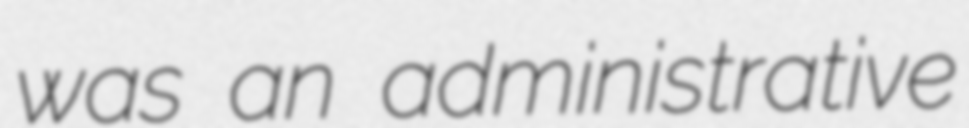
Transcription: was an administrative